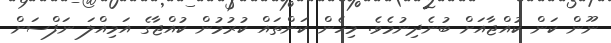
ނޫން ކަން ކުއްޖާއަށް ބުނެދިނުމެވެ. މިހެން ކަންތައް ކުރުމުން ކުއްޖާގެ އަމިއްލަ ނަފްސަށް